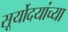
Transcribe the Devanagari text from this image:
सूर्योदयांच्या